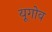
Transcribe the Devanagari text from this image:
यूगोव